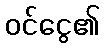
ဝင်ငွေ၏